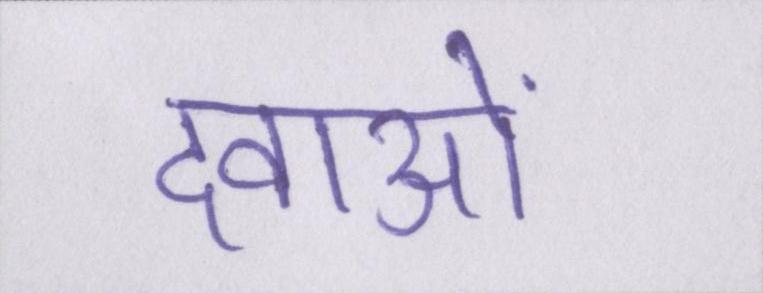
दवाओं